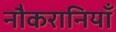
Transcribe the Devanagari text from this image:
नौकरानियाँ